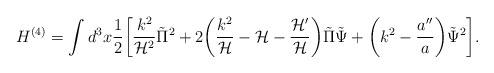
\begin{align*}H^{(4)} = \int d^3 x \frac{1}{2} \biggl[ \frac{k^2}{{\cal H}^2} \tilde{\Pi}^2 + 2 \biggl( \frac{k^2}{\cal H} - {\cal H} - \frac{{\cal H}'}{{\cal H}} \biggr) \tilde{\Pi} \tilde{\Psi}+ \biggl(k^2 - \frac{a''}{a}\biggr) \tilde{\Psi}^2 \biggr].\end{align*}